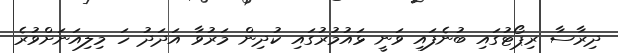
ދިރާސާ ރިޕޯޓުގައި ބުނެފައި ވަނީ ޅައުމުރުގައި ކުދިން މަރުވާ އަދަދު ހަ މިލިއަނަށްވުރެ